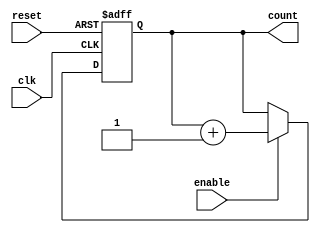
module async_counter #(
    parameter N = 4  // Number of bits for the counter
) (
    input wire clk,          // Clock input
    input wire reset,        // Asynchronous reset input
    input wire enable,       // Enable input (optional)
    output reg [N-1:0] count // N-bit output count
);

    // Asynchronous reset and counting logic
    always @(posedge clk or posedge reset) begin
        if (reset) begin
            count <= 0; // Reset the counter to 0
        end else if (enable) begin
            count <= count + 1; // Increment the counter
        end
    end

endmodule